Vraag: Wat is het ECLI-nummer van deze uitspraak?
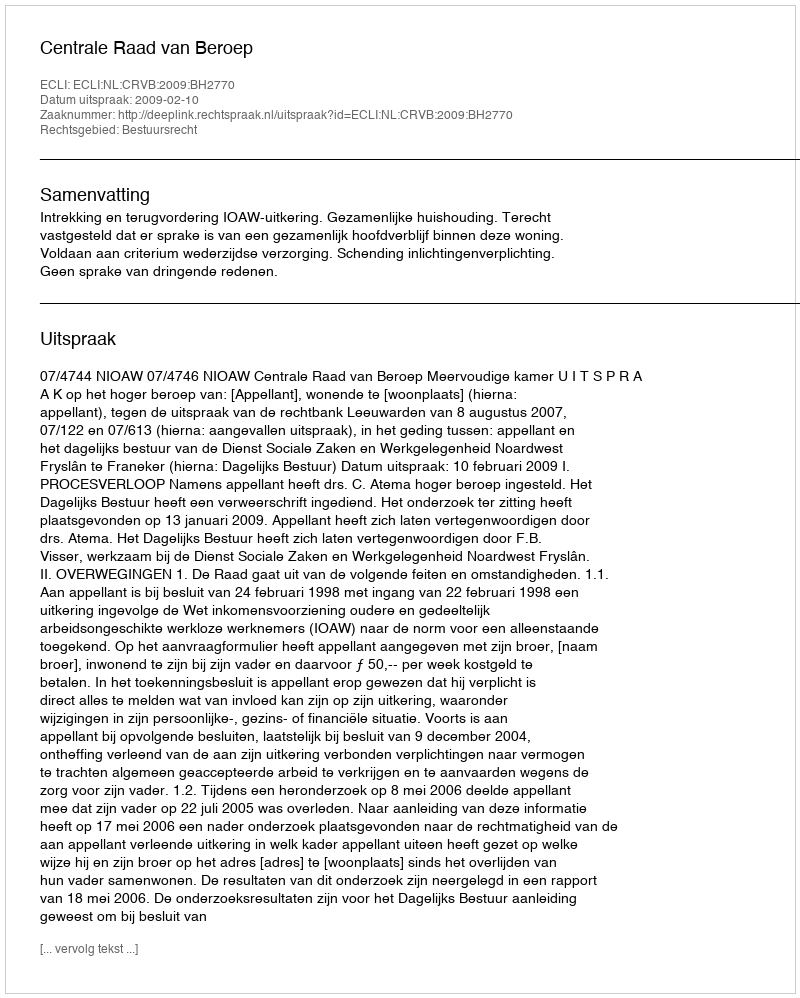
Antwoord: ECLI:NL:CRVB:2009:BH2770